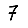
Digit: 7